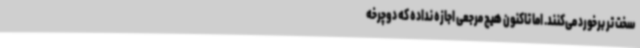
سخت تر برخورد می‌کنند. اما تاکنون هیچ مرجعی اجازه نداده که دوچرخه